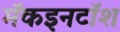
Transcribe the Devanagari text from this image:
मॅकइनटॉश